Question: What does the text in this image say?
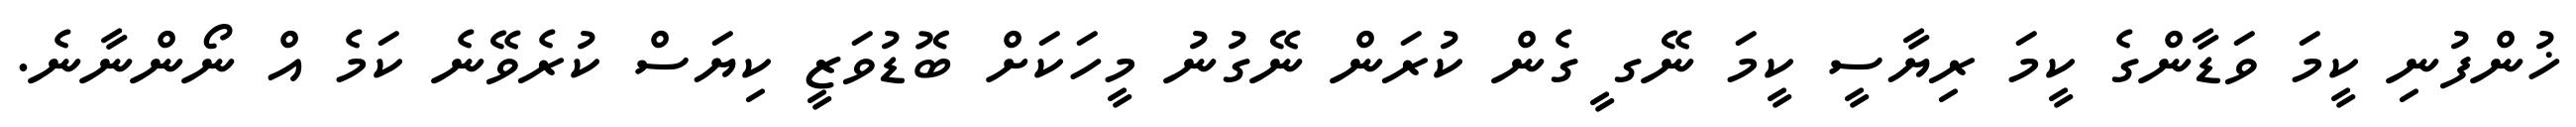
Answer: ޚުންފުނި ކީމަ ވަޑާންގެ ކީމަ ރިޔާސީ ކީމަ ނޭގ ީގެން ކުރަން ނޭގުނު މީހަކަށް ބޮޑުވަޒީ ކިޔަސް ކުރެވޭނެ ކަމެ އް ނޯންނާނެ.